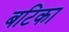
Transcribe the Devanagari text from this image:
बटिका